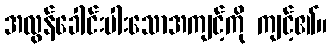
အလွန်ခေါင်းပါးသောအကျင့်ကို ကျင့်၏။